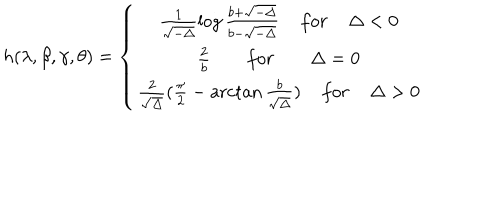
LaTeX: h ( \lambda , \beta , \gamma , \theta ) = \left\{ \begin{array} { c } { { \frac { 1 } { \sqrt { - \Delta } } \log \frac { b + \sqrt { - \Delta } } { b - \sqrt { - \Delta } } \; f o r \; \Delta < 0 } } \\ { { \frac { 2 } { b } \; f o r \; \Delta = 0 } } \\ { { \frac { 2 } { \sqrt { \Delta } } ( \frac { \pi } { 2 } - \operatorname { a r c t a n } \frac { b } { \sqrt { \Delta } } ) \; f o r \; \Delta > 0 } } \\ \end{array} \right.